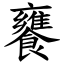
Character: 饔